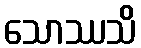
သောဿသိ